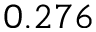
0 . 2 7 6